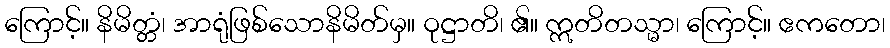
ကြောင့်။ နိမိတ္တံ၊ အာရုံဖြစ်သောနိမိတ်မှ။ ဝုဋ္ဌာတိ၊ ၏။ ဣတိတသ္မာ၊ ကြောင့်။ ဧကတော၊